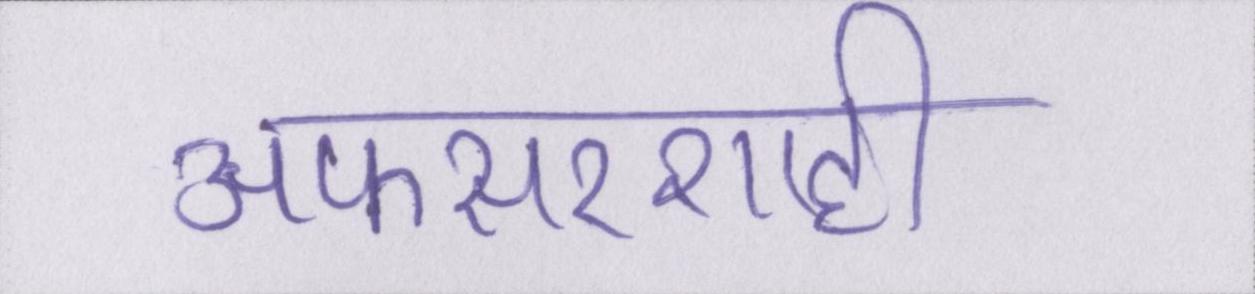
अफसरशाही